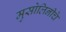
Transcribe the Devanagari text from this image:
मुसोलिनीचे